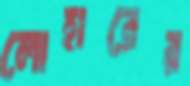
লোহারের